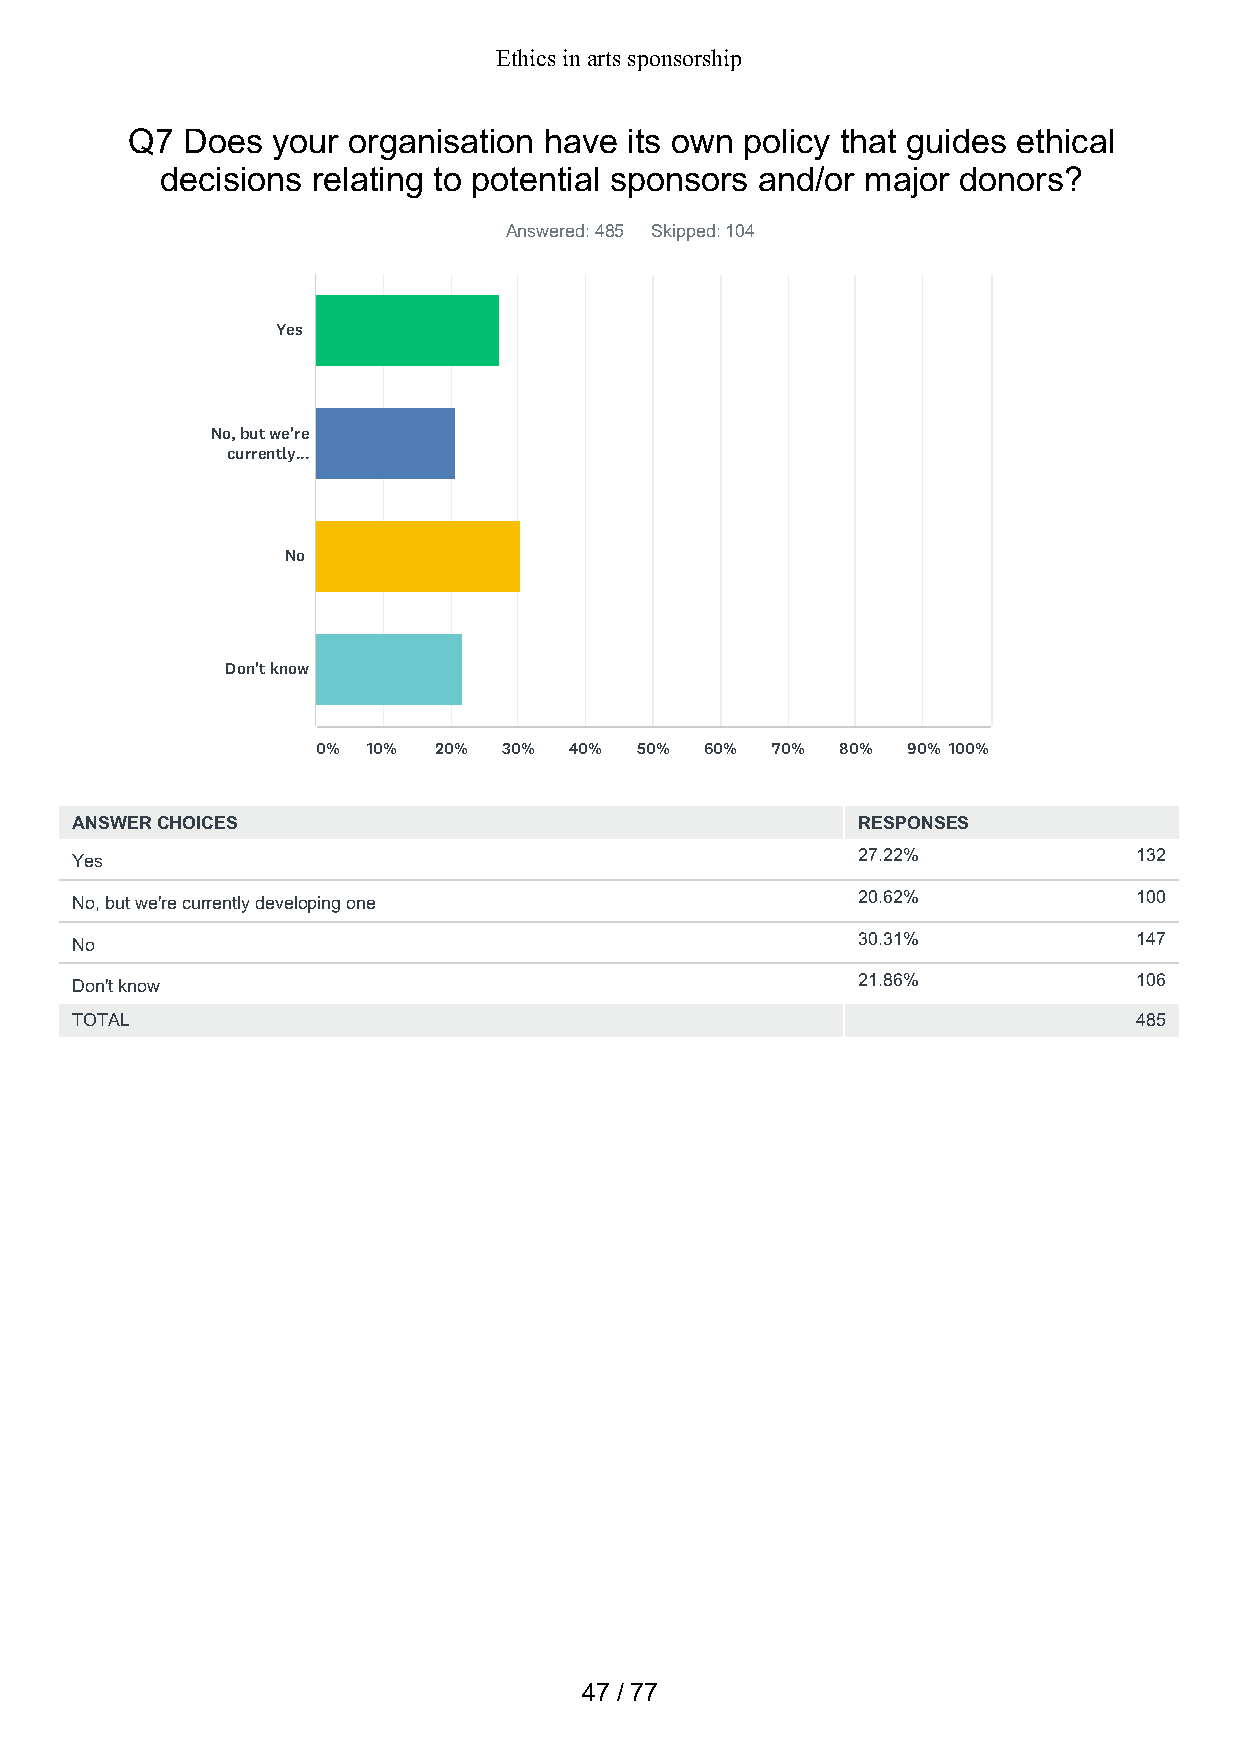
Ethics in arts sponsorship
 Q7  Does  your organisation have  its own policy that guides ethical
 decisions relating to potential sponsors and/or major donors?
 Answered: 485 Skipped: 104
 Yes
 No, but we're
 currently...
 No
 Don't know
 0% 10%  20% 30%  40% 50%  60% 70%  80% 90% 100%
 ANSWER CHOICES                                      RESPONSES
 Yes                                                 27.22%            132
 No, but we're currently developing one              20.62%            100
 No                                                  30.31%            147
 Don't know                                          21.86%            106
 TOTAL                                                                 485
 47 / 77